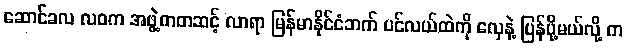
ဆောင်ခလ လဝက အဖွဲ့ကတဆင့် လာရာ မြန်မာနိုင်ငံဘက် ပင်လယ်ထဲကို လှေနဲ့ ပြန်ပို့မယ်လို့ က